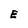
Character: E